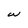
Character: w